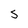
Character: S